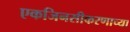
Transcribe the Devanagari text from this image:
एकजिनसीकरणाच्या